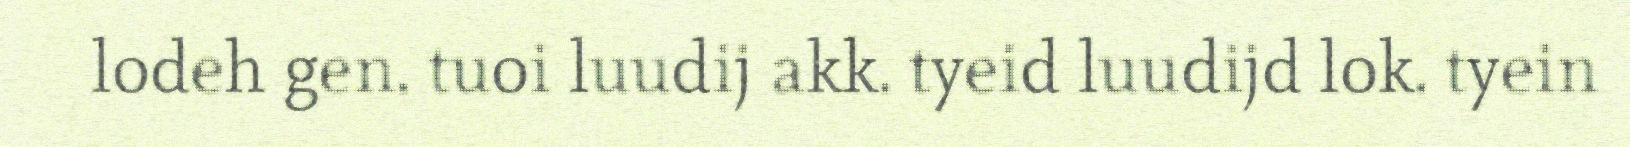
lodeh gen. tuoi luudij akk. tyeid luudijd lok. tyein